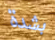
بشدة